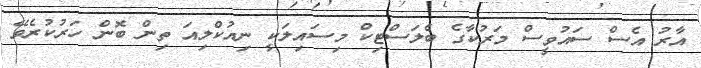
އާރު އެސް ސައުވީސް މަރުކާގެ ބެލަސްޓިކް މިސައިލަކީ ނިއުކްލިއަ ތިން ބޮން ހަރުކުރެވޭ